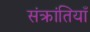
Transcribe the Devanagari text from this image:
संक्रांतियाँ